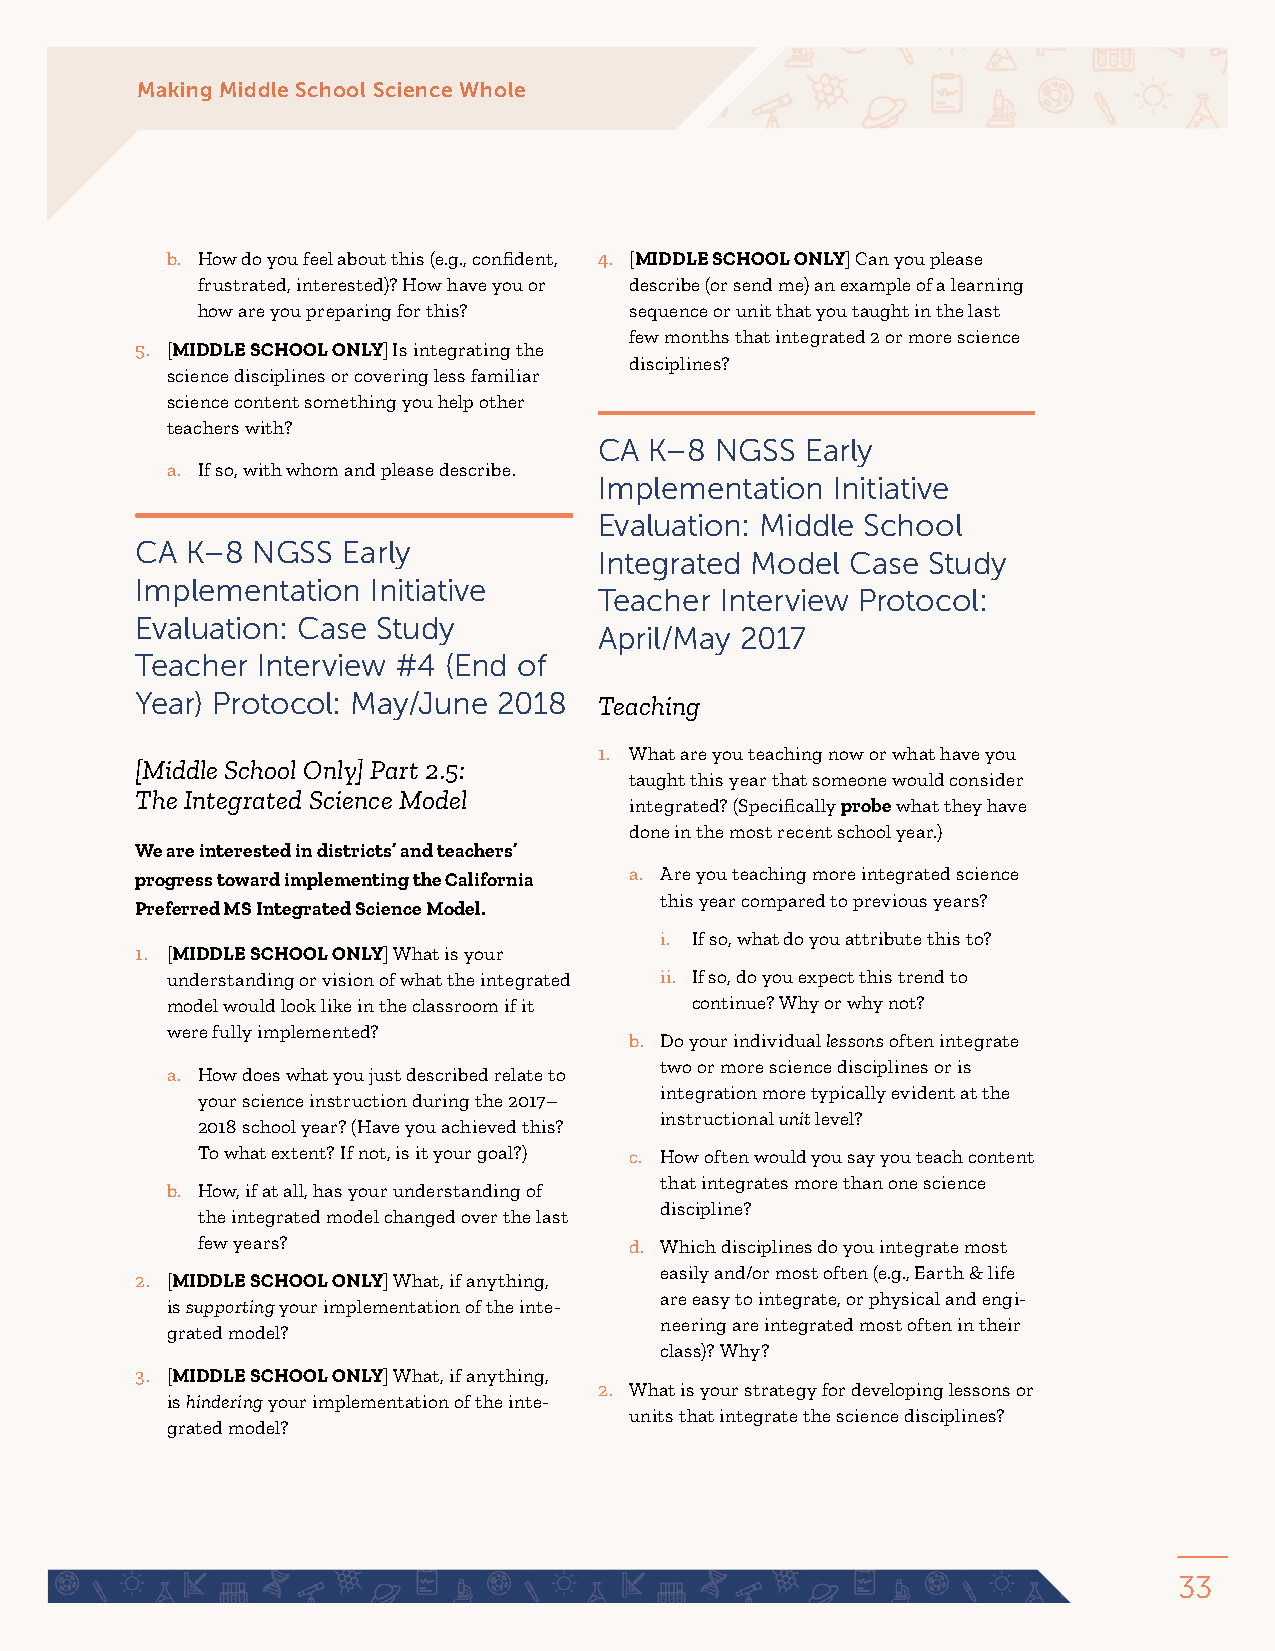
Making Middle School Science Whole
 b. How do you feel about this (e.g., confident, 4. [MIDDLE SCHOOL ONLY] Can you please
 frustrated, interested)? How have you or describe (or send me) an example of a learning
 how are you preparing for this? sequence or unit that you taught in the last
 few months that integrated 2 or more science
 5. [MIDDLE SCHOOL ONLY] Is integrating the
 disciplines?
 science disciplines or covering less familiar
 science content something you help other
 teachers with?
 CA K–8 NGSS  Early
 a. If so, with whom and please describe.
 Implementation Initiative
 Evaluation: Middle School
 CA K–8  NGSS  Early
 Integrated Model Case Study
 Implementation  Initiative
 Teacher Interview Protocol:
 Evaluation: Case Study
 April/May 2017
 Teacher Interview #4 (End of
 Year) Protocol: May/June 2018  Teaching
 1. What are you teaching now or what have you
 [Middle School Only] Part 2.5:
 taught this year that someone would consider
 The Integrated Science Model
 integrated? (Specifically probe what they have
 done in the most recent school year.)
 We are interested in districts’ and teachers’
 progress toward implementing the California a. Are you teaching more integrated science
 this year compared to previous years?
 Preferred MS Integrated Science Model.
 i. If so, what do you attribute this to?
 1. [MIDDLE SCHOOL ONLY] What is your
 understanding or vision of what the integrated ii. If so, do you expect this trend to
 model would look like in the classroom if it continue? Why or why not?
 were fully implemented?
 b. Do your individual lessons often integrate
 two or more science disciplines or is
 a. How does what you just described relate to
 integration more typically evident at the
 your science instruction during the 2017–
 instructional unit level?
 2018 school year? (Have you achieved this?
 To what extent? If not, is it your goal?) c. How often would you say you teach content
 that integrates more than one science
 b. How, if at all, has your understanding of
 discipline?
 the integrated model changed over the last
 few years?                   d. Which disciplines do you integrate most
 easily and/or most often (e.g., Earth & life
 2. [MIDDLE SCHOOL ONLY] What, if anything,
 are easy to integrate, or physical and engi-
 is supporting your implementation of the inte-
 neering are integrated most often in their
 grated model?
 class)? Why?
 3. [MIDDLE SCHOOL ONLY] What, if anything,
 2. What is your strategy for developing lessons or
 is hindering your implementation of the inte-
 units that integrate the science disciplines?
 grated model?
 33